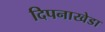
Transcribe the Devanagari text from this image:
दिपनाखेडा